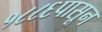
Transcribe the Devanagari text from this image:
१८८६पासून